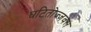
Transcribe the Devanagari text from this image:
घटितोज्जवल